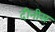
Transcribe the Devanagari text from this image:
दीनीस